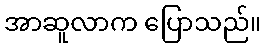
အာဆူလာက ပြောသည်။